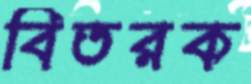
বিতরক